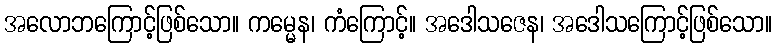
အလောဘကြောင့်ဖြစ်သော။ ကမ္မေန၊ ကံကြောင့်။ အဒေါသဇေန၊ အဒေါသကြောင့်ဖြစ်သော။